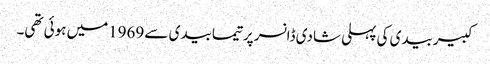
کبیربیدی کی پہلی شادی ڈانسر پرتیمابیدی سے 1969میں ہوئی تھی۔